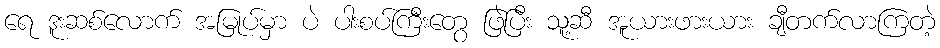
ရေ ဒူးဆစ်လောက် အမြုပ်မှာ ပဲ ပါးစပ်ကြီးတွေ ဖြဲပြီး သူ့ဆီ အူယားဖားယား ချီတက်လာကြတဲ့